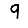
Digit: 9